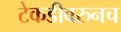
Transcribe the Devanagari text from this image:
टेकडीवरुनच